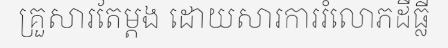
គ្រួសារតែម្តង ដោយសារការរំលោភដីធ្លី